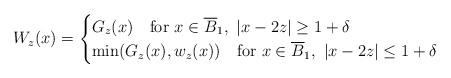
LaTeX: \begin{align*}W_z(x)=\begin{cases}G_z(x)\quad\mbox{for }x\in \overline B_1,\ |x-2z|\ge 1+\delta\\\min(G_z(x),w_z(x))\quad\mbox{for }x\in \overline B_1,\ |x-2z|\le 1+\delta\\\end{cases}\end{align*}